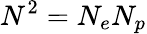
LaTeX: N^{2}=N_{e}N_{p}